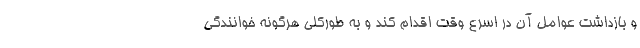
و بازداشت عوامل آن در اسرع وقت اقدام کند و به طورکلی هرگونه خوانندگی